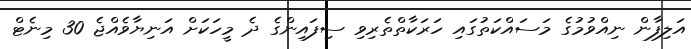
އަލިފާން ނިއްވުމުގެ މަސައްކަތުގައި ހަރަކާތްތެރިވި ސިފައިންގެ ދެ މީހަކަށް އަނިޔާވެއްޖެ 30 މިނެޓް